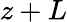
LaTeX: z+L